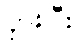
ငှားပြီး